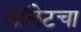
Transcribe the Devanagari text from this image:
फॉलेटचा